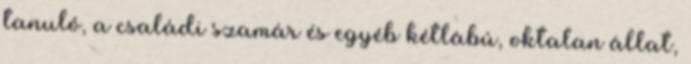
tanuló, a családi szamár és egyéb kétlábú, oktalan állat,